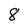
Character: 8